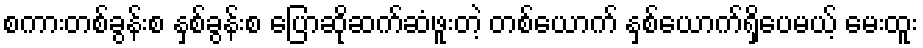
စကားတစ်ခွန်းစ နှစ်ခွန်းစ ပြောဆိုဆက်ဆံဖူးတဲ့ တစ်ယောက် နှစ်ယောက်ရှိပေမယ့် မေးထူး